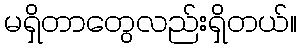
မရှိတာတွေလည်းရှိတယ်။